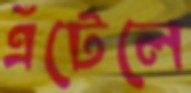
এঁটেলে